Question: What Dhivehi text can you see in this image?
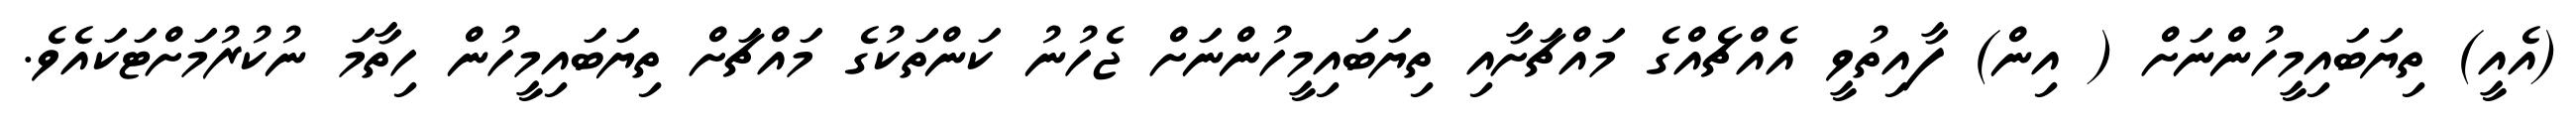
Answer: (އެއީ) ތިޔަބައިމީހުންނަށް ( އިން) ފާއިތުވީ އެއްޗެއްގެ މައްޗަށާއި ތިޔަބައިމީހުންނަށް ޖެހުނު ކަންތަކުގެ މައްޗަށް ތިޔަބައިމީހުން ހިތާމަ ނުކުރުމަށްޓަކައެވެ.